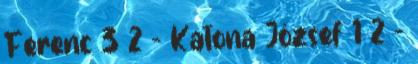
Ferenc 3 2 - Katona József 1 2 -